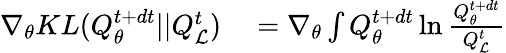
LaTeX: \begin{array}{rl}{\nabla_{\theta}KL(Q_{\theta}^{t+dt}||Q_{\mathcal{L}}^{t})}&{{}=\nabla_{\theta}\int Q_{\theta}^{t+dt}\ln\frac{Q_{\theta}^{t+dt}}{Q_{\mathcal{L}}^{t}}}\end{array}